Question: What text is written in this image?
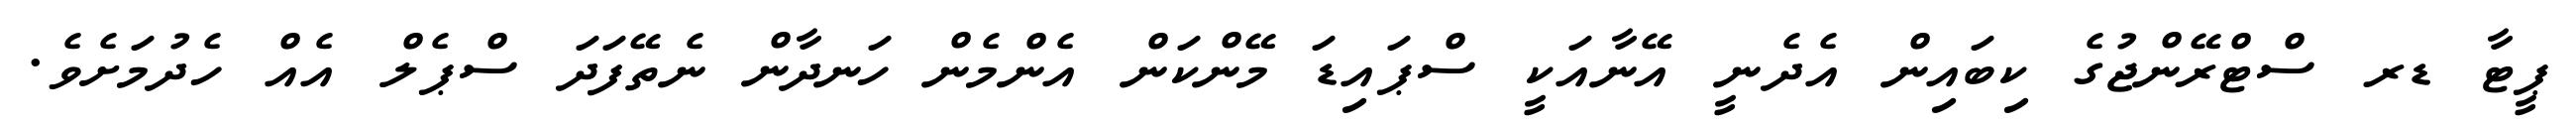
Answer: ޕީޓާ ޑރ ސްޓްރޭންޖުގެ ކިބައިން އެދެނީ އޭނާއަކީ ސްޕައިޑަ މޭންކަން އެންމެން ހަނދާން ނެތޭފަދަ ސްޕެލް އެއް ހެދުމަށެވެ.